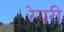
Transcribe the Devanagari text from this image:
रेयरी